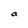
Character: a